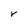
Character: V